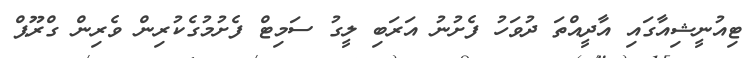
ޓިއުނީޝިއާގައި އާދީއްތަ ދުވަހު ފެށުނު އަރަބި ލީގު ސަމިޓް ފެށުމުގެކުރިން ވެރިން ގްރޫޕް